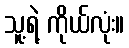
သူ့ရဲ့ ကိုယ်လုံး။